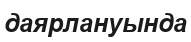
даярлануында